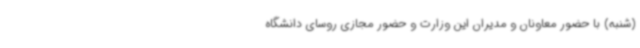
(شنبه) با حضور معاونان و مدیران این وزارت و حضور مجازی روسای دانشگاه